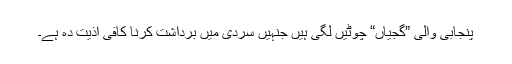
پنجابی والی ”گجیاں“ چوٹیں لگی ہیں جنہیں سردی میں برداشت کرنا کافی اذیت دہ ہے۔